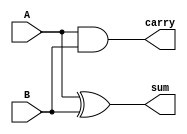
module adder2bit(A,B,sum,carry);
input A,B;
output sum;
output carry;
assign sum=A^B;
assign carry=A&B;
endmodule